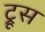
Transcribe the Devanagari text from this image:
ट्रूस